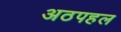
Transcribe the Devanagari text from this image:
अठपहल